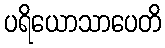
ပရိယောသာပေတိ